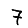
Digit: 7